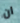
ان